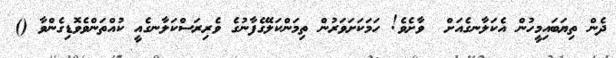
ދެން ތިޔަބައިމީހުން އެކަލާނގެއަށް  ވާށެވެ! ހަމަކަށަވަރުން ތިމަންކަލޭގެފާނުގެ ވެރިރަސްކަލާނގެއީ ކުއްތަންވެވޮޑިގެންވާ ()